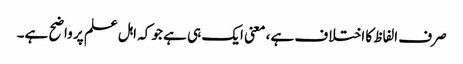
صرف الفاظ کا اختلاف ہے، معنی ایک ہی ہے جو کہ اہل علم پر واضح ہے۔